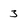
Character: 3